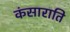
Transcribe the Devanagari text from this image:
कंसाराति